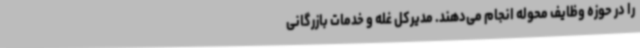
را در حوزه وظایف محوله انجام می‌دهند. مدیرکل غله و خدمات بازرگانی